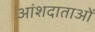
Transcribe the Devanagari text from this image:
आंशदाताओं